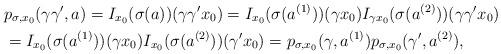
LaTeX: \begin{align*}&p_{\sigma,x_0}(\gamma\gamma',a)=I_{x_0}(\sigma(a))(\gamma\gamma'x_0)=I_{x_0}(\sigma(a^{(1)}))(\gamma x_0)I_{\gamma x_0}(\sigma(a^{(2)}))(\gamma\gamma'x_0)\\ & =I_{x_0}(\sigma(a^{(1)}))(\gamma x_0)I_{x_0}(\sigma(a^{(2)}))(\gamma'x_0)=p_{\sigma,x_0}(\gamma,a^{(1)})p_{\sigma,x_0}(\gamma',a^{(2)}), \end{align*}